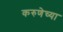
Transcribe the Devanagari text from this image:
करुणेच्या